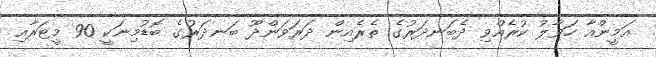
އަމީންއާ ހަވާލު ކުރެއްވި ދެބަނދަރުގެ ތެރެއިން ދަރަވަންދޫ ބަނދަރުގެ ބޮޑުމިނަކީ 90 މީޓަރާއި